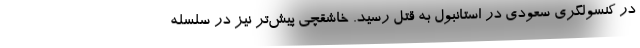
در کنسولگری سعودی در استانبول به قتل رسید. خاشقچی پیش‌تر نیز در سلسله